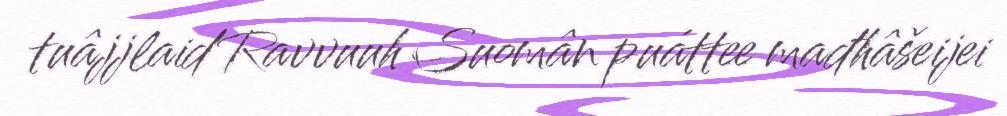
tuâjjlaid Ravvuuh Suomân puáttee mađhâšeijei